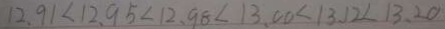
1 2 . 9 1 < 1 2 . 9 5 < 1 2 . 9 8 < 1 3 . 0 0 < 1 3 . 1 2 < 1 3 . 2 0